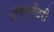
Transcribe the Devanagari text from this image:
डॉक्‍युमेंटरी